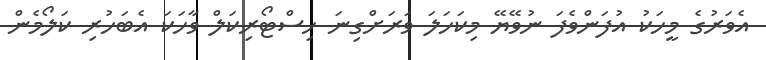
އެވަރުގެ މީހަކު އުފަންވެފަ ނުވޭޔޭ މިކަހަލަ ވަރަށްގިނަ ހިސްޓޯރިކަލް ވާހަކަ އެބަހުރި ކަލޯމެން